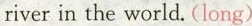
river in the world. (long)